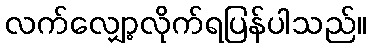
လက်လျှော့လိုက်ရပြန်ပါသည်။